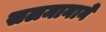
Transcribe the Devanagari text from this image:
सलमानाने